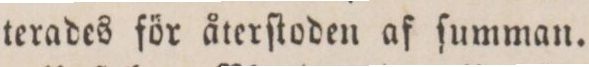
terades för återſtoden af ſumman.